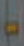
-